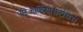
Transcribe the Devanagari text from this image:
पेरिकार्डियोसेंटेसिस